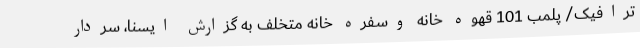
ترافیک/ پلمب 101 قهوه خانه وسفره خانه متخلف به گزارش ایسنا، سردار